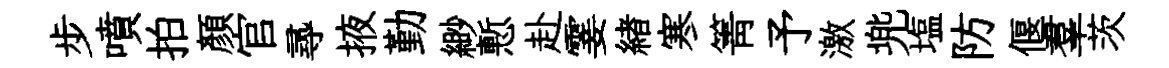
步噴拍顔官𡬶掖勤緲慙赴霎緖寒箐予激兠塩防偃羣茨